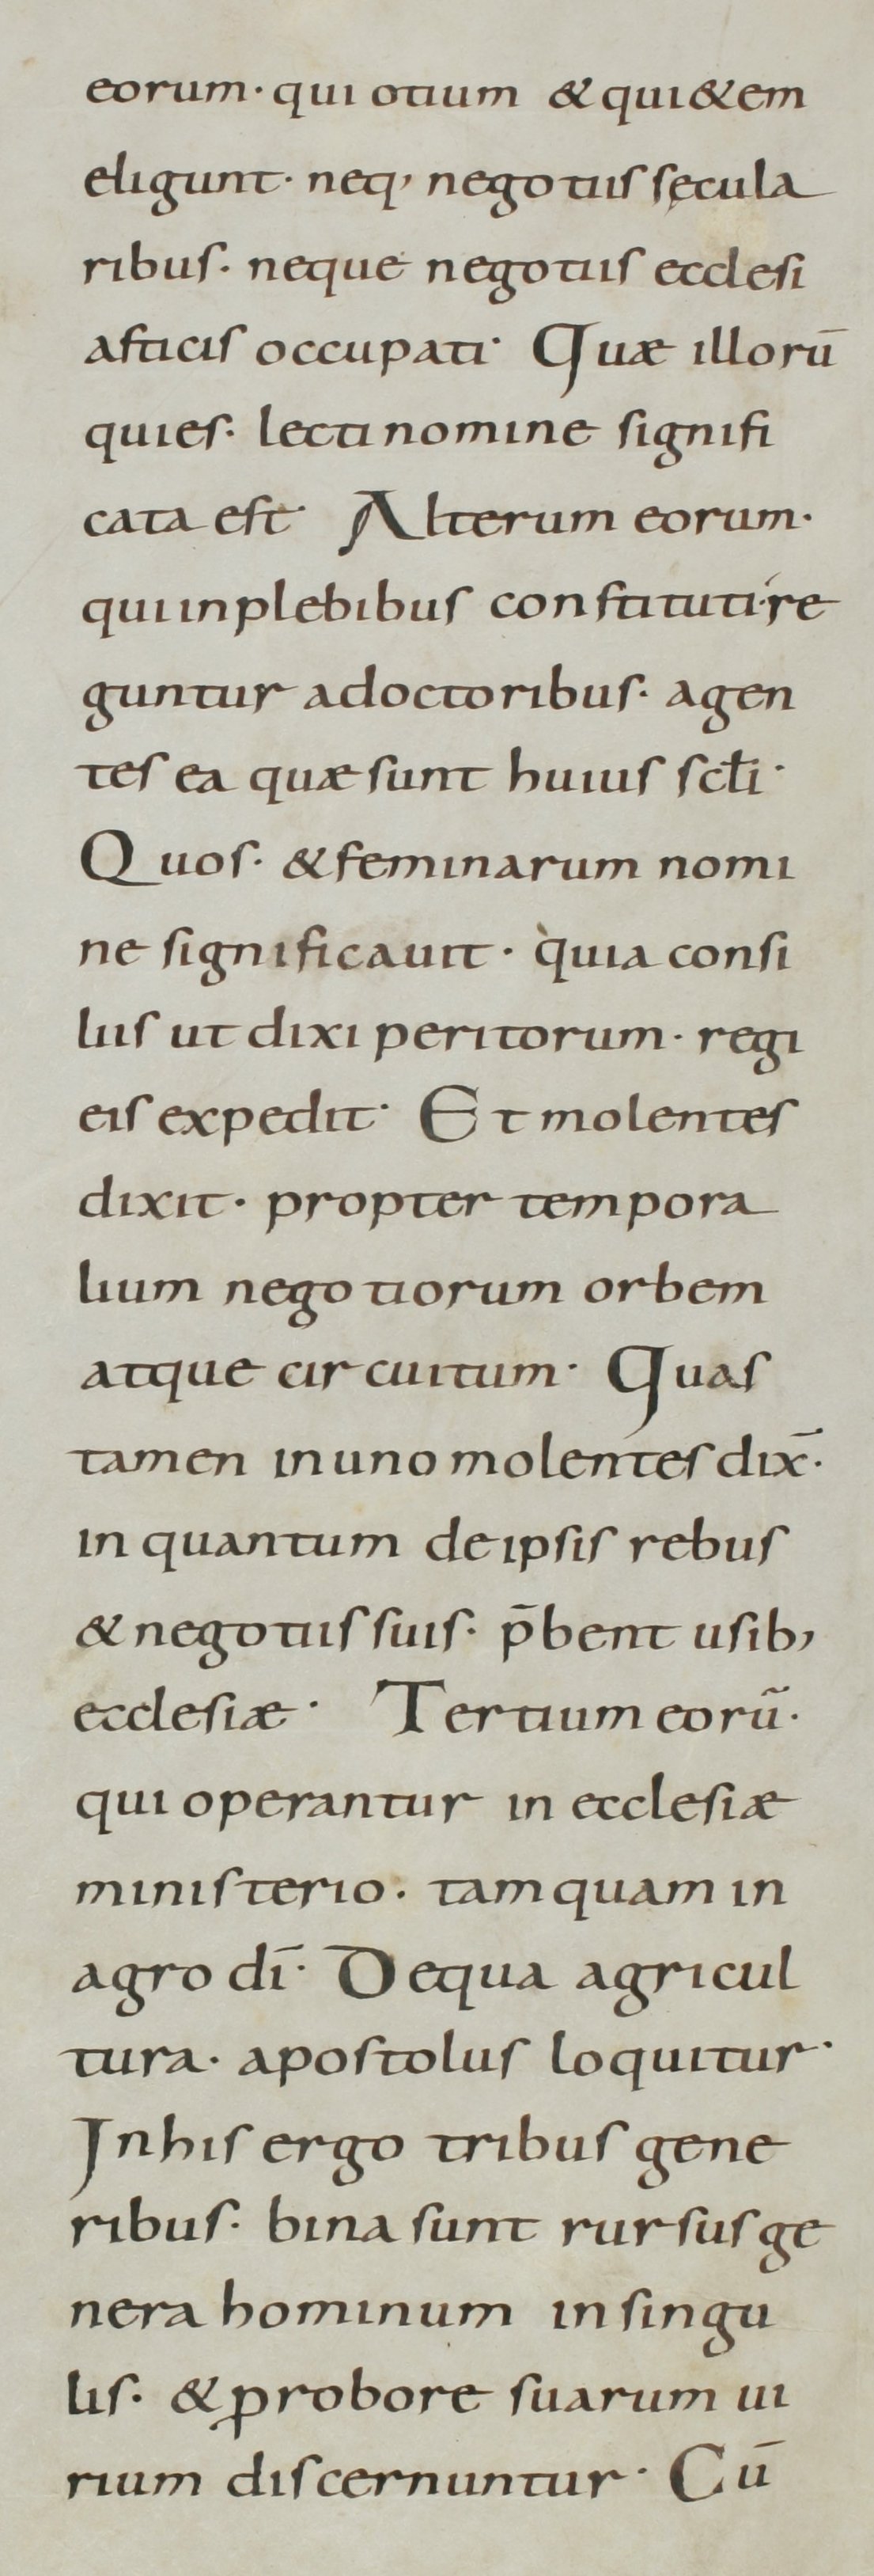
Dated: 800–899